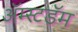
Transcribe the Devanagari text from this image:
अॅम्स्टडॅम